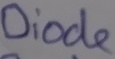
Text: Diode